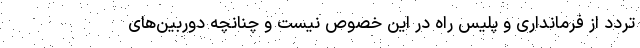
تردد از فرمانداری و پلیس راه در این خصوص نیست و چنانچه دوربین‌های